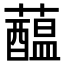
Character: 𧂯